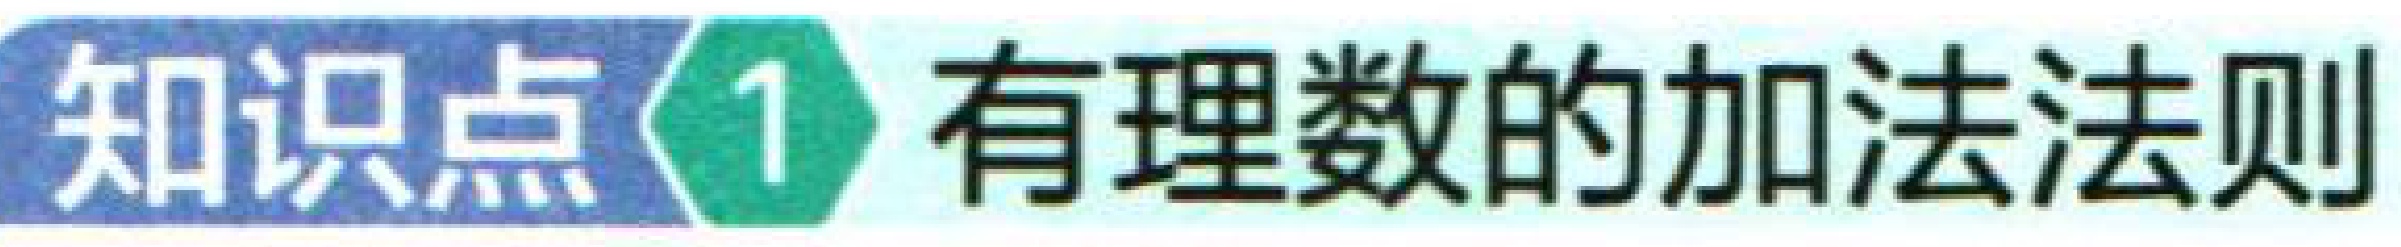
知识点1 有理数的加法法则